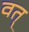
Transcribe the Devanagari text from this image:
वत्